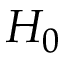
H _ { 0 }